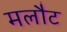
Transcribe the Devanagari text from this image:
मलौट